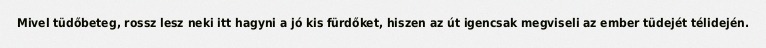
Mivel tüdőbeteg, rossz lesz neki itt hagyni a jó kis fürdőket, hiszen az út igencsak megviseli az ember tüdejét télidején.